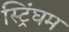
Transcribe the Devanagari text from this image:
स्ट्रिंघम